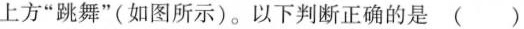
上方”跳舞”(如图所示)。以下判断正确的是()